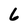
Character: 6